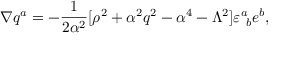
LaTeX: \nabla q ^ { a } = - { \frac { 1 } { 2 { \alpha } ^ { 2 } } } [ \rho ^ { 2 } + \alpha ^ { 2 } q ^ { 2 } - \alpha ^ { 4 } - \Lambda ^ { 2 } ] \varepsilon _ { \ b } ^ { a } e ^ { b } ,